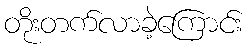
တိုးတက်လာခဲ့ကြောင်း